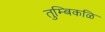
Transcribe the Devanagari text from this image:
तुम्बिकळि